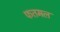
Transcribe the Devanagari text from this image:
फतमल